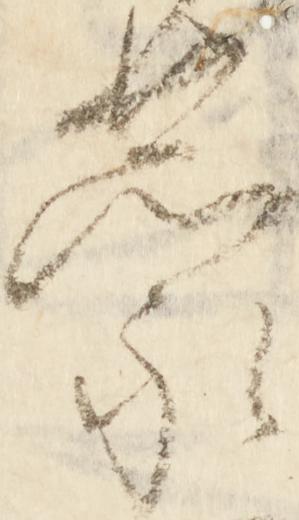
蒙